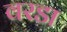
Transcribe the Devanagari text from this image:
वरडा